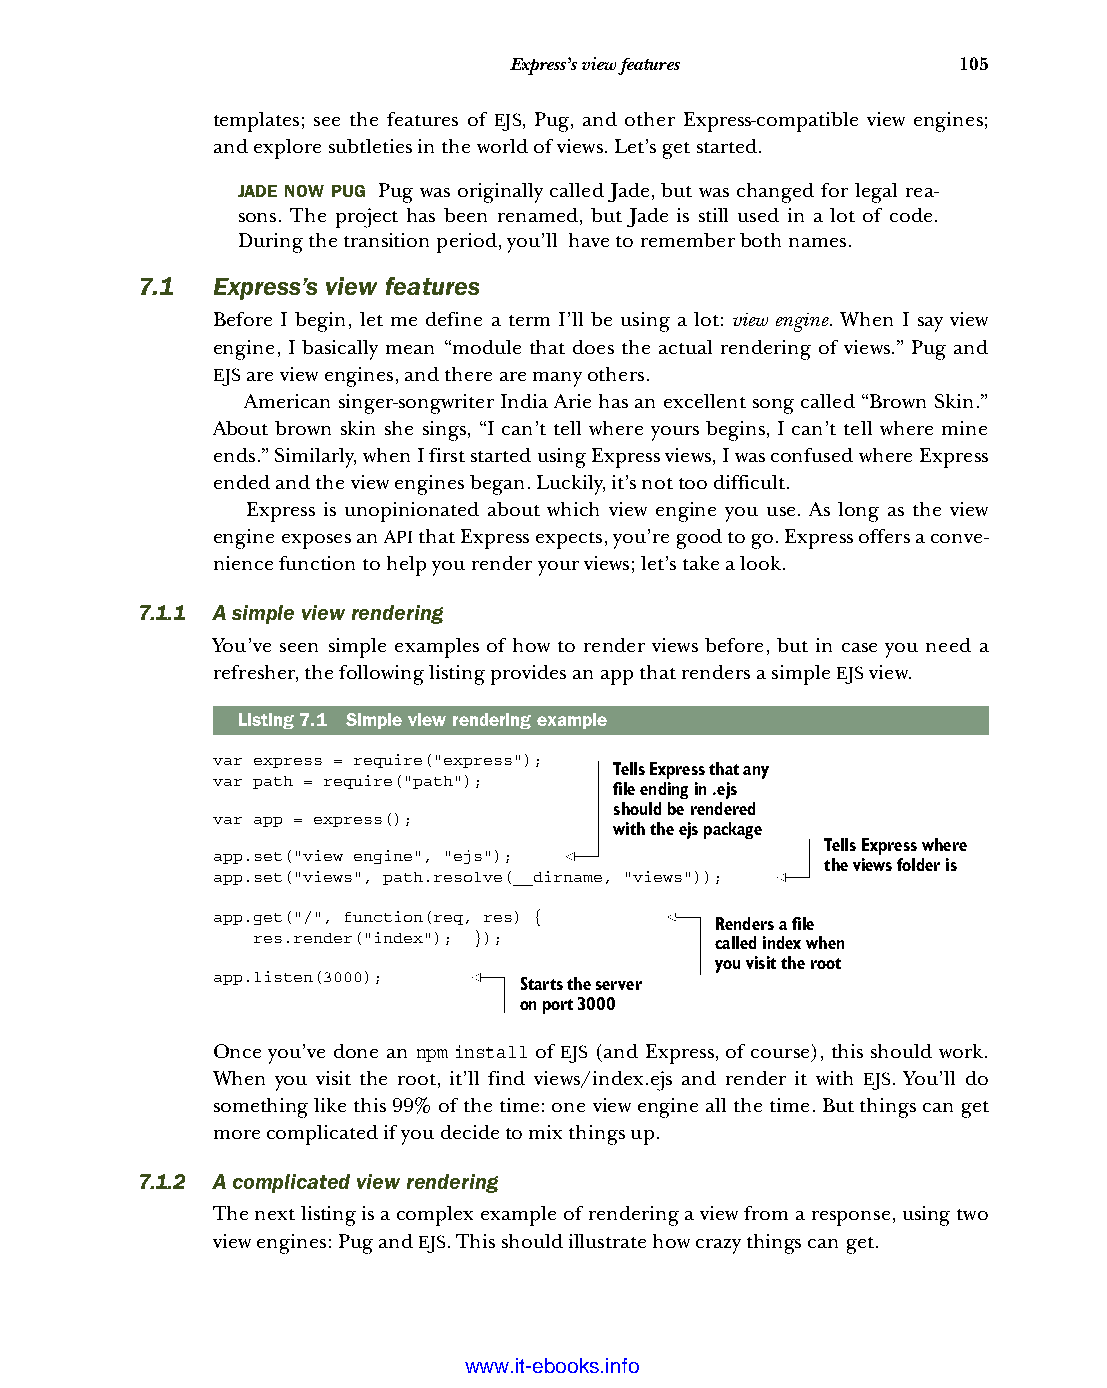
Express’s view features      105
 templates; see the features of EJS, Pug, and other Express-compatible view engines;
 and explore subtleties in the world of views. Let’s get started.
 JADE NOW PUG Pug was originally called Jade, but was changed for legal rea-
 sons. The project has been renamed, but Jade is still used in a lot of code.
 During the transition period, you’ll have to remember both names.
 7.1  Express’s view features
 Before I begin, let me define a term I’ll be using a lot: view engine. When I say view
 engine, I basically mean “module that does the actual rendering of views.” Pug and
 EJS are view engines, and there are many others.
 American singer-songwriter India Arie has an excellent song called “Brown Skin.”
 About brown skin she sings, “I can’t tell where yours begins, I can’t tell where mine
 ends.” Similarly, when I first started using Express views, I was confused where Express
 ended and the view engines began. Luckily, it’s not too difficult.
 Express is unopinionated about which view engine you use. As long as the view
 engine exposes an API that Express expects, you’re good to go. Express offers a conve-
 nience function to help you render your views; let’s take a look.
 7.1.1 A simple view rendering
 You’ve seen simple examples of how to render views before, but in case you need a
 refresher, the following listing provides an app that renders a simple EJS view.
 Listing7.1 Simple view rendering example
 var express = require("express");
 Tells Express that any
 var path = require("path");
 file ending in .ejs
 should be rendered
 var app = express();
 with the ejs package
 Tells Express where
 app.set("view engine", "ejs");
 the views folder is
 app.set("views", path.resolve(__dirname, "views"));
 app.get("/", function(req, res) {
 Renders a file
 res.render("index"); });
 called index when
 you visit the root
 app.listen(3000);
 Starts the server
 on port 3000
 Once you’ve done an npm install of EJS (and Express, of course), this should work.
 When you visit the root, it’ll find views/index.ejs and render it with EJS. You’ll do
 something like this 99% of the time: one view engine all the time. But things can get
 more complicated if you decide to mix things up.
 7.1.2 A complicated view rendering
 The next listing is a complex example of rendering a view from a response, using two
 view engines: Pug and EJS. This should illustrate how crazy things can get.
 Licensed wtow w <.mit-ielebro.8o8k8s@.ingfomail.com>